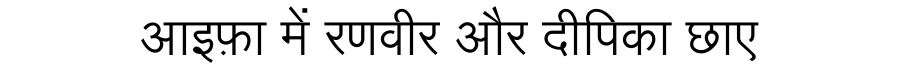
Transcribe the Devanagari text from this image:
आइफ़ा में रणवीर और दीपिका छाए